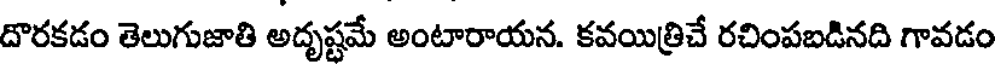
దొరకడం తెలుగుజాతి అదృష్టమే అంటారాయన. కవయిత్రిచే రచింపబడినది గావడం